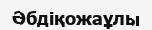
Әбдіқожаұлы